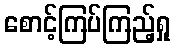
စောင့်ကြပ်ကြည့်ရှု